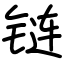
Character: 链